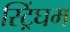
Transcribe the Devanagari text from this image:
स्ट्रिंघम